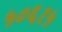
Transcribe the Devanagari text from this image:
५०६१५